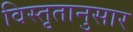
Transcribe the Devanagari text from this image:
विस्तृतानुसार